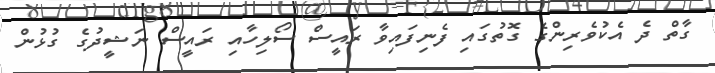
ގާތް ދެ އެކުވެރިންގެ ގޮތުގައި ފެނިފައިވާ ރައީސް ސޯލިހާއި ރައީސް ނަޝީދުގެ ގުޅުން